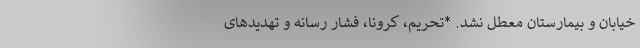
خیابان و بیمارستان معطل نشد. *تحریم، کرونا، فشار رسانه و تهدید‌های